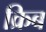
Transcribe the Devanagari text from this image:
क्रिब